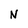
Character: N